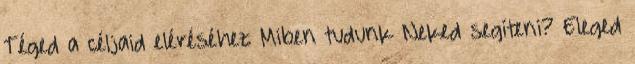
Téged a céljaid eléréséhez Miben tudunk Neked segíteni? Eleged